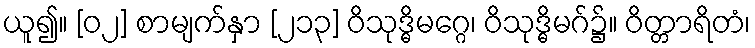
ယူ၍။ [၀၂] စာမျက်နှာ [၂၁၃] ဝိသုဒ္ဓိမဂ္ဂေ၊ ဝိသုဒ္ဓိမဂ်၌။ ဝိတ္တာရိတံ၊